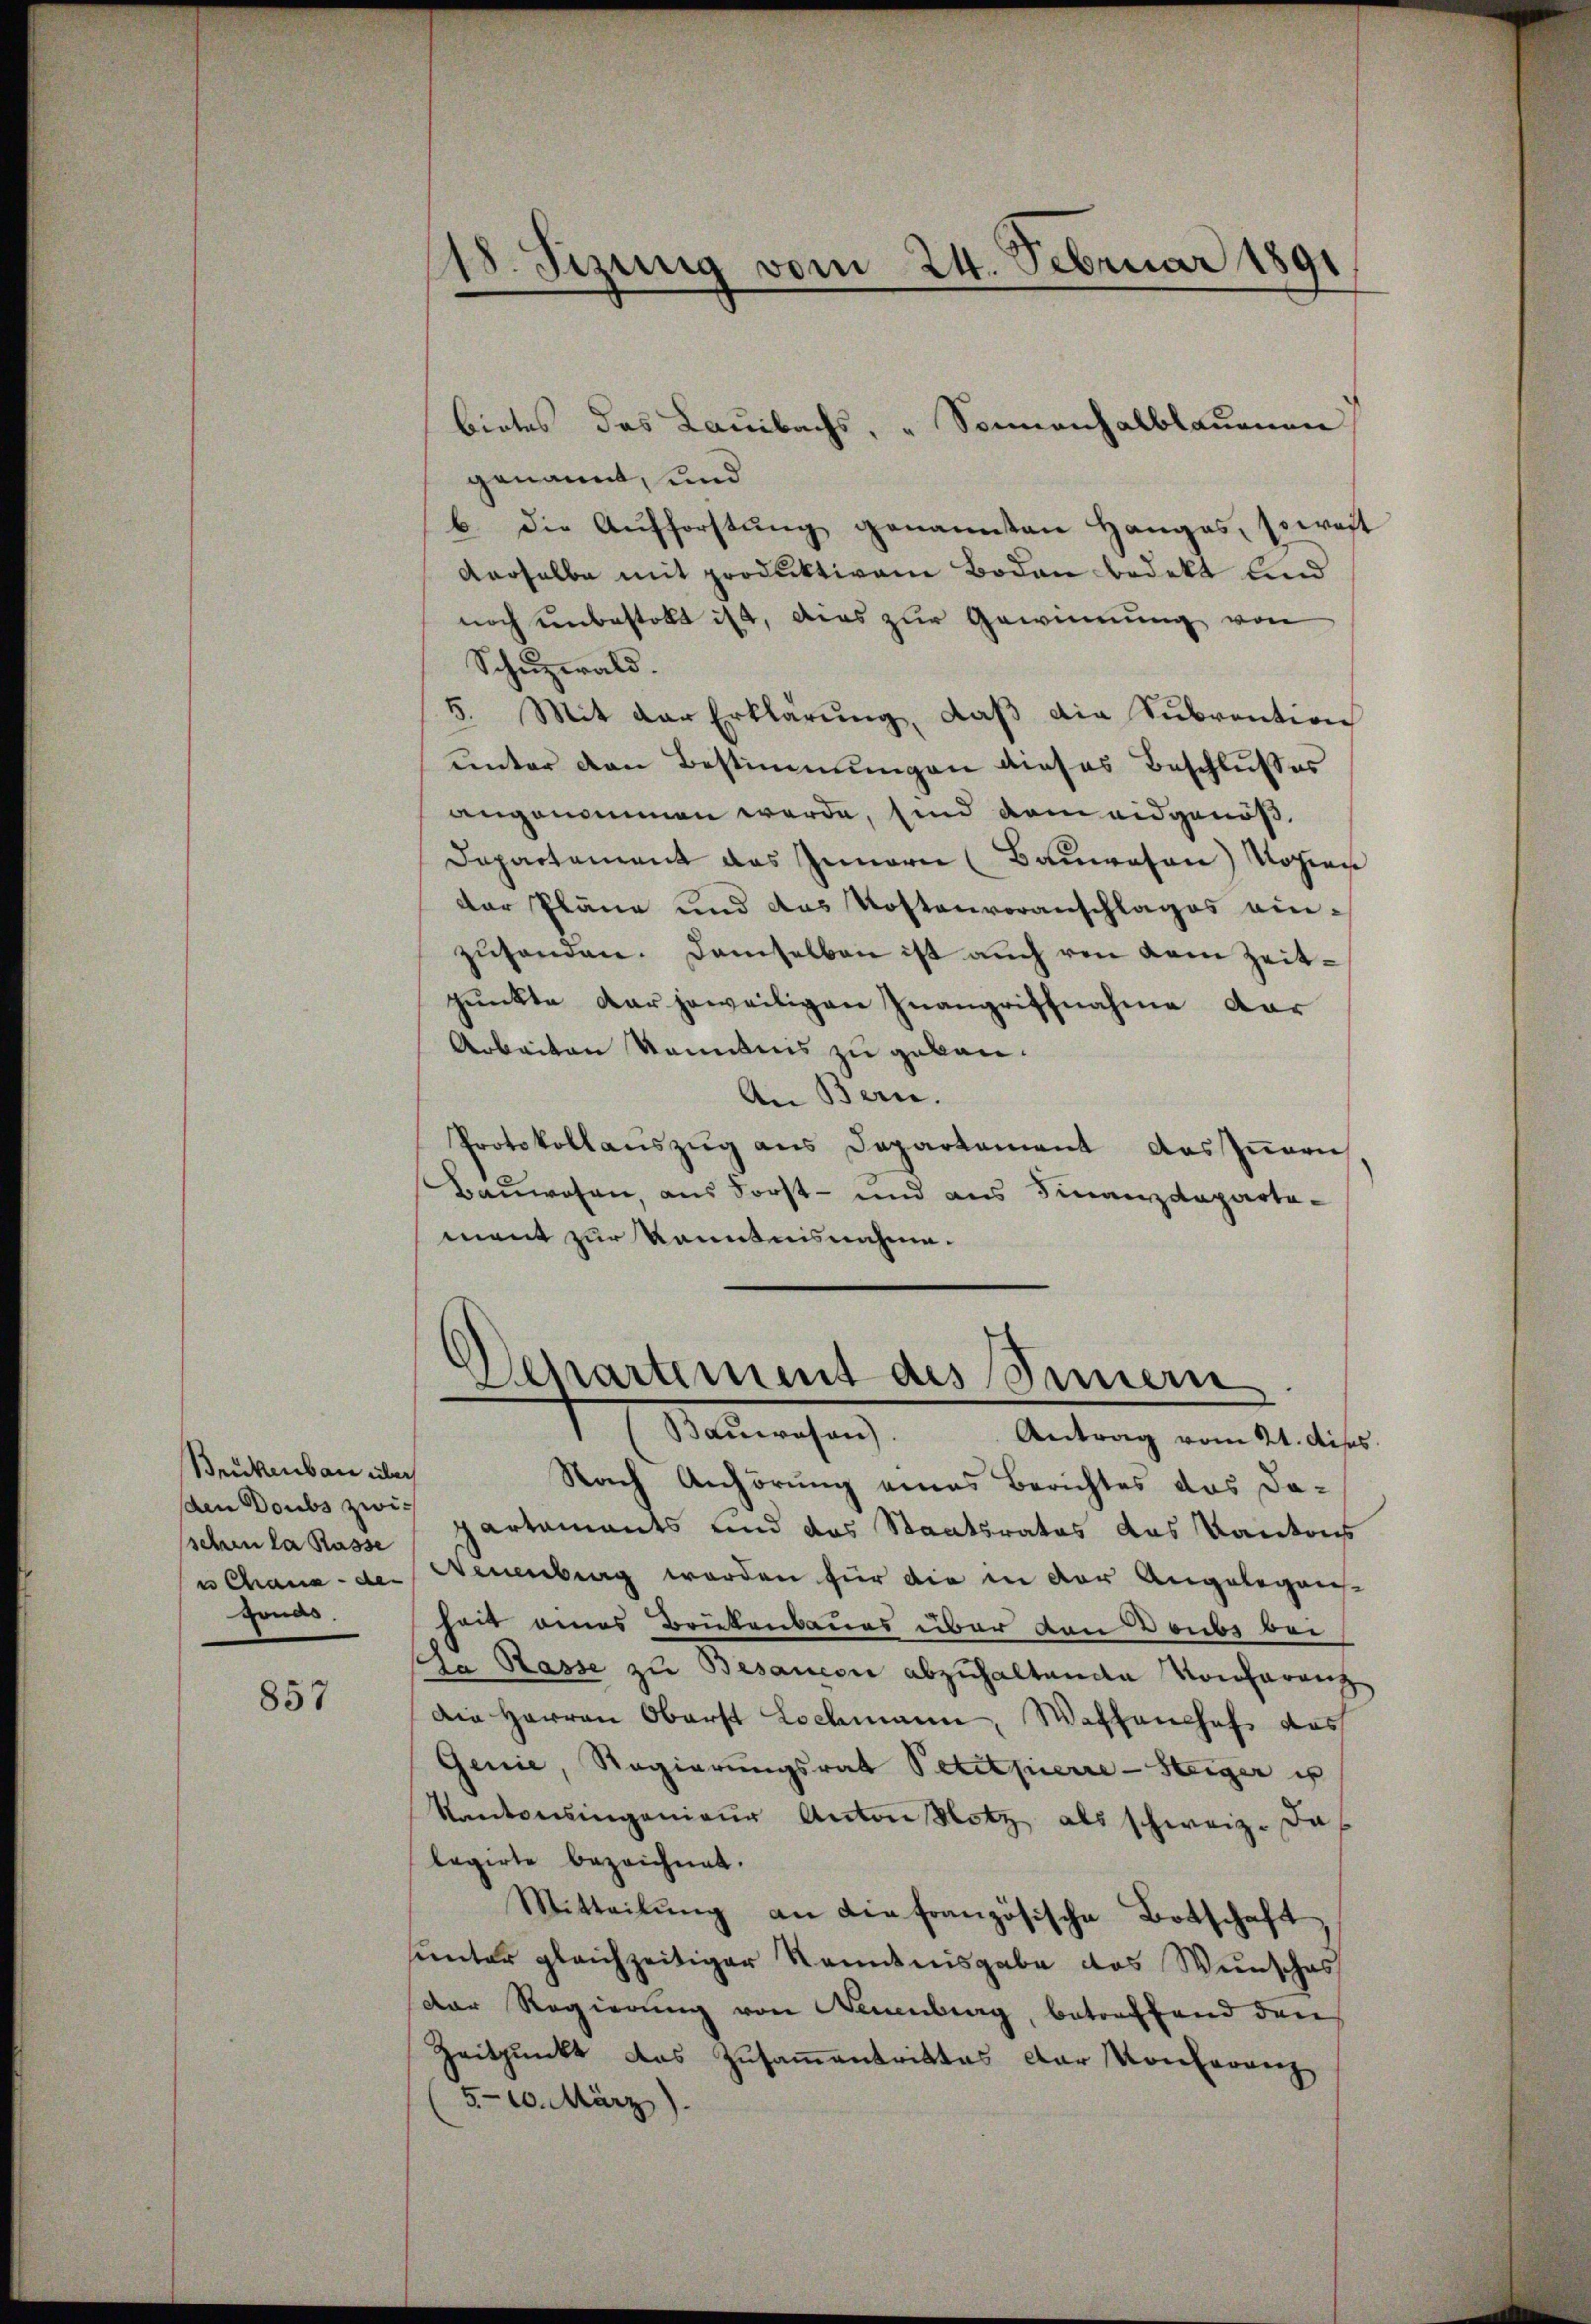
Brikenbau über
den Doubs zwi¬
Honds.

857

118. Jezung vom 24. Februar 1891

genannt, und
b. die Aufforstŭng genannten Hangas, soweit
derselbe mit produktiven Boden bedekt und
noch unbestellt ist, dies zur Gewinnung von
Schuzwald.
5. Mit der Erklärung, daß die Subvention
unter den Bestimmungen dieses Beschlusses
angenommen werde, sind dem eidgenöß¬
Departement das Innern (Bauwesen) Kopien
der Pläne und das Kostenvoranschlages ein-
zusenden. Demselben ist auch von dem Zeitpunkte der jeweiligen Inangriffnahme dar
Arbeiten kanntnis zu geben.
An Bern.
Protokollauszug aus Departement das Innern
Bauwesen, aus Forst- und aus Finanzdepartament zur Kenntnisnahme.

bietes das Lauibachs, "Sonnenhalblauenen

Antrag vom 2t. Miss
Nach Anhörung eines Berichtes das da-
schenla Kasse partaments und das Staatsrates das Kantons
e Chana - der Neuenburg werden für die in der Angelegen-
heit eines Brückenbaues über den Doubs bei
da Rasse zu Besancen abzuhaltende Konferenz
die Herren Oberst Lochmann, Wahlanchef das
Genie, Regierungsrat Petitpierre-Steiger is
Kantonsingenieŭr Anton Klotz als schweiz. Das
legirte bezeichnet.
Mitteilung an die französische Botschaft
sunter gleichzeitiger Kenntnisgabe das Wunsches
Der Regierung von Neuenburg, betreffend den
Zeitpunkt das Zusammentrittes der Konferenz
(5-10. März)

Ahartement des Innern
Stadtrechen